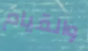
والقيام